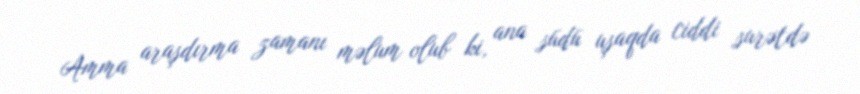
Amma araşdırma zamanı məlum olub ki, ana südü uşaqda ciddi surətdə